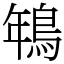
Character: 鵇